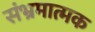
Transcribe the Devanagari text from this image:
संभ्रमात्मक